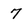
Character: 7